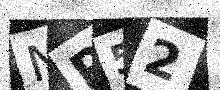
Text: NP52